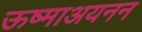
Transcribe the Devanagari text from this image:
ऊष्माअयनन